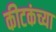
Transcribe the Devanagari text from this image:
कीटकंच्या